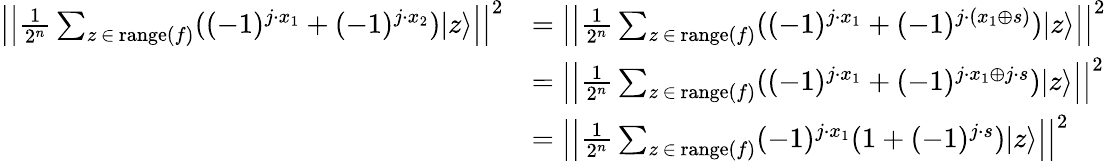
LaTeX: {\begin{array}{rl}{\left|\left|{\frac{1}{2^{n}}}\sum_{z\, \in\, \mathrm{range}(f)}((-1)^{j\cdot x_{1}}+(-1)^{j\cdot x_{2}})|z\rangle\right|\right|^{2}}&{=\left|\left|{\frac{1}{2^{n}}}\sum_{z\, \in\, \mathrm{range}(f)}((-1)^{j\cdot x_{1}}+(-1)^{j\cdot(x_{1}\oplus s)})|z\rangle\right|\right|^{2}}\\ &{=\left|\left|{\frac{1}{2^{n}}}\sum_{z\, \in\, \mathrm{range}(f)}((-1)^{j\cdot x_{1}}+(-1)^{j\cdot x_{1}\oplus j\cdot s})|z\rangle\right|\right|^{2}}\\ &{=\left|\left|{\frac{1}{2^{n}}}\sum_{z\, \in\, \mathrm{range}(f)}(-1)^{j\cdot x_{1}}(1+(-1)^{j\cdot s})|z\rangle\right|\right|^{2}}\end{array}}